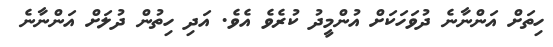
ހިތަށް އަންނާނެ ދުވަހަކަށް އުންމީދު ކުރެވެ އެވެ. އަދި ހިތުން ދުލަށް އަންނާނެ